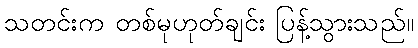
သတင်းက တစ်မုဟုတ်ချင်း ပြန့်သွားသည်။